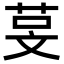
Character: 𬜰